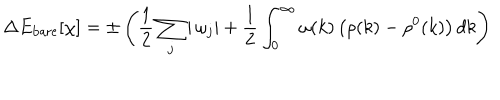
\Delta E _ { \mathrm { b a r e } } [ \chi ] = \pm \left( \frac { 1 } { 2 } \sum _ { j } | \, \omega _ { j } | + \frac { 1 } { 2 } \int _ { 0 } ^ { \infty } \omega ( k ) \left( \rho ( k ) - \rho ^ { 0 } ( k ) \right) d k \right)